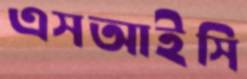
এসআইসি